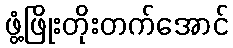
ဖွံ့ဖြိုးတိုးတက်အောင်